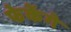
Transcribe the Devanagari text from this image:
फेकेंगे